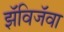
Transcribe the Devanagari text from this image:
झॅविजॅवा